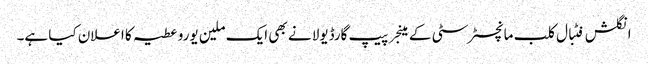
انگلش فٹبال کلب مانچسٹر سٹی کے مینجر پیپ گارڈیولا نے بھی ایک ملین یورو عطیہ کا اعلان کیا ہے۔